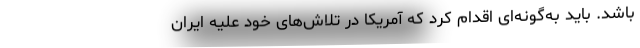
باشد. باید به‌گونه‌ای اقدام کرد که آمریکا در تلاش‌های خود علیه ایران